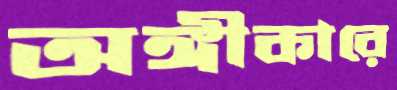
অঙ্গীকারে